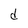
Character: d